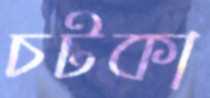
চটকা